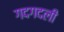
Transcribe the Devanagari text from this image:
गदगदली